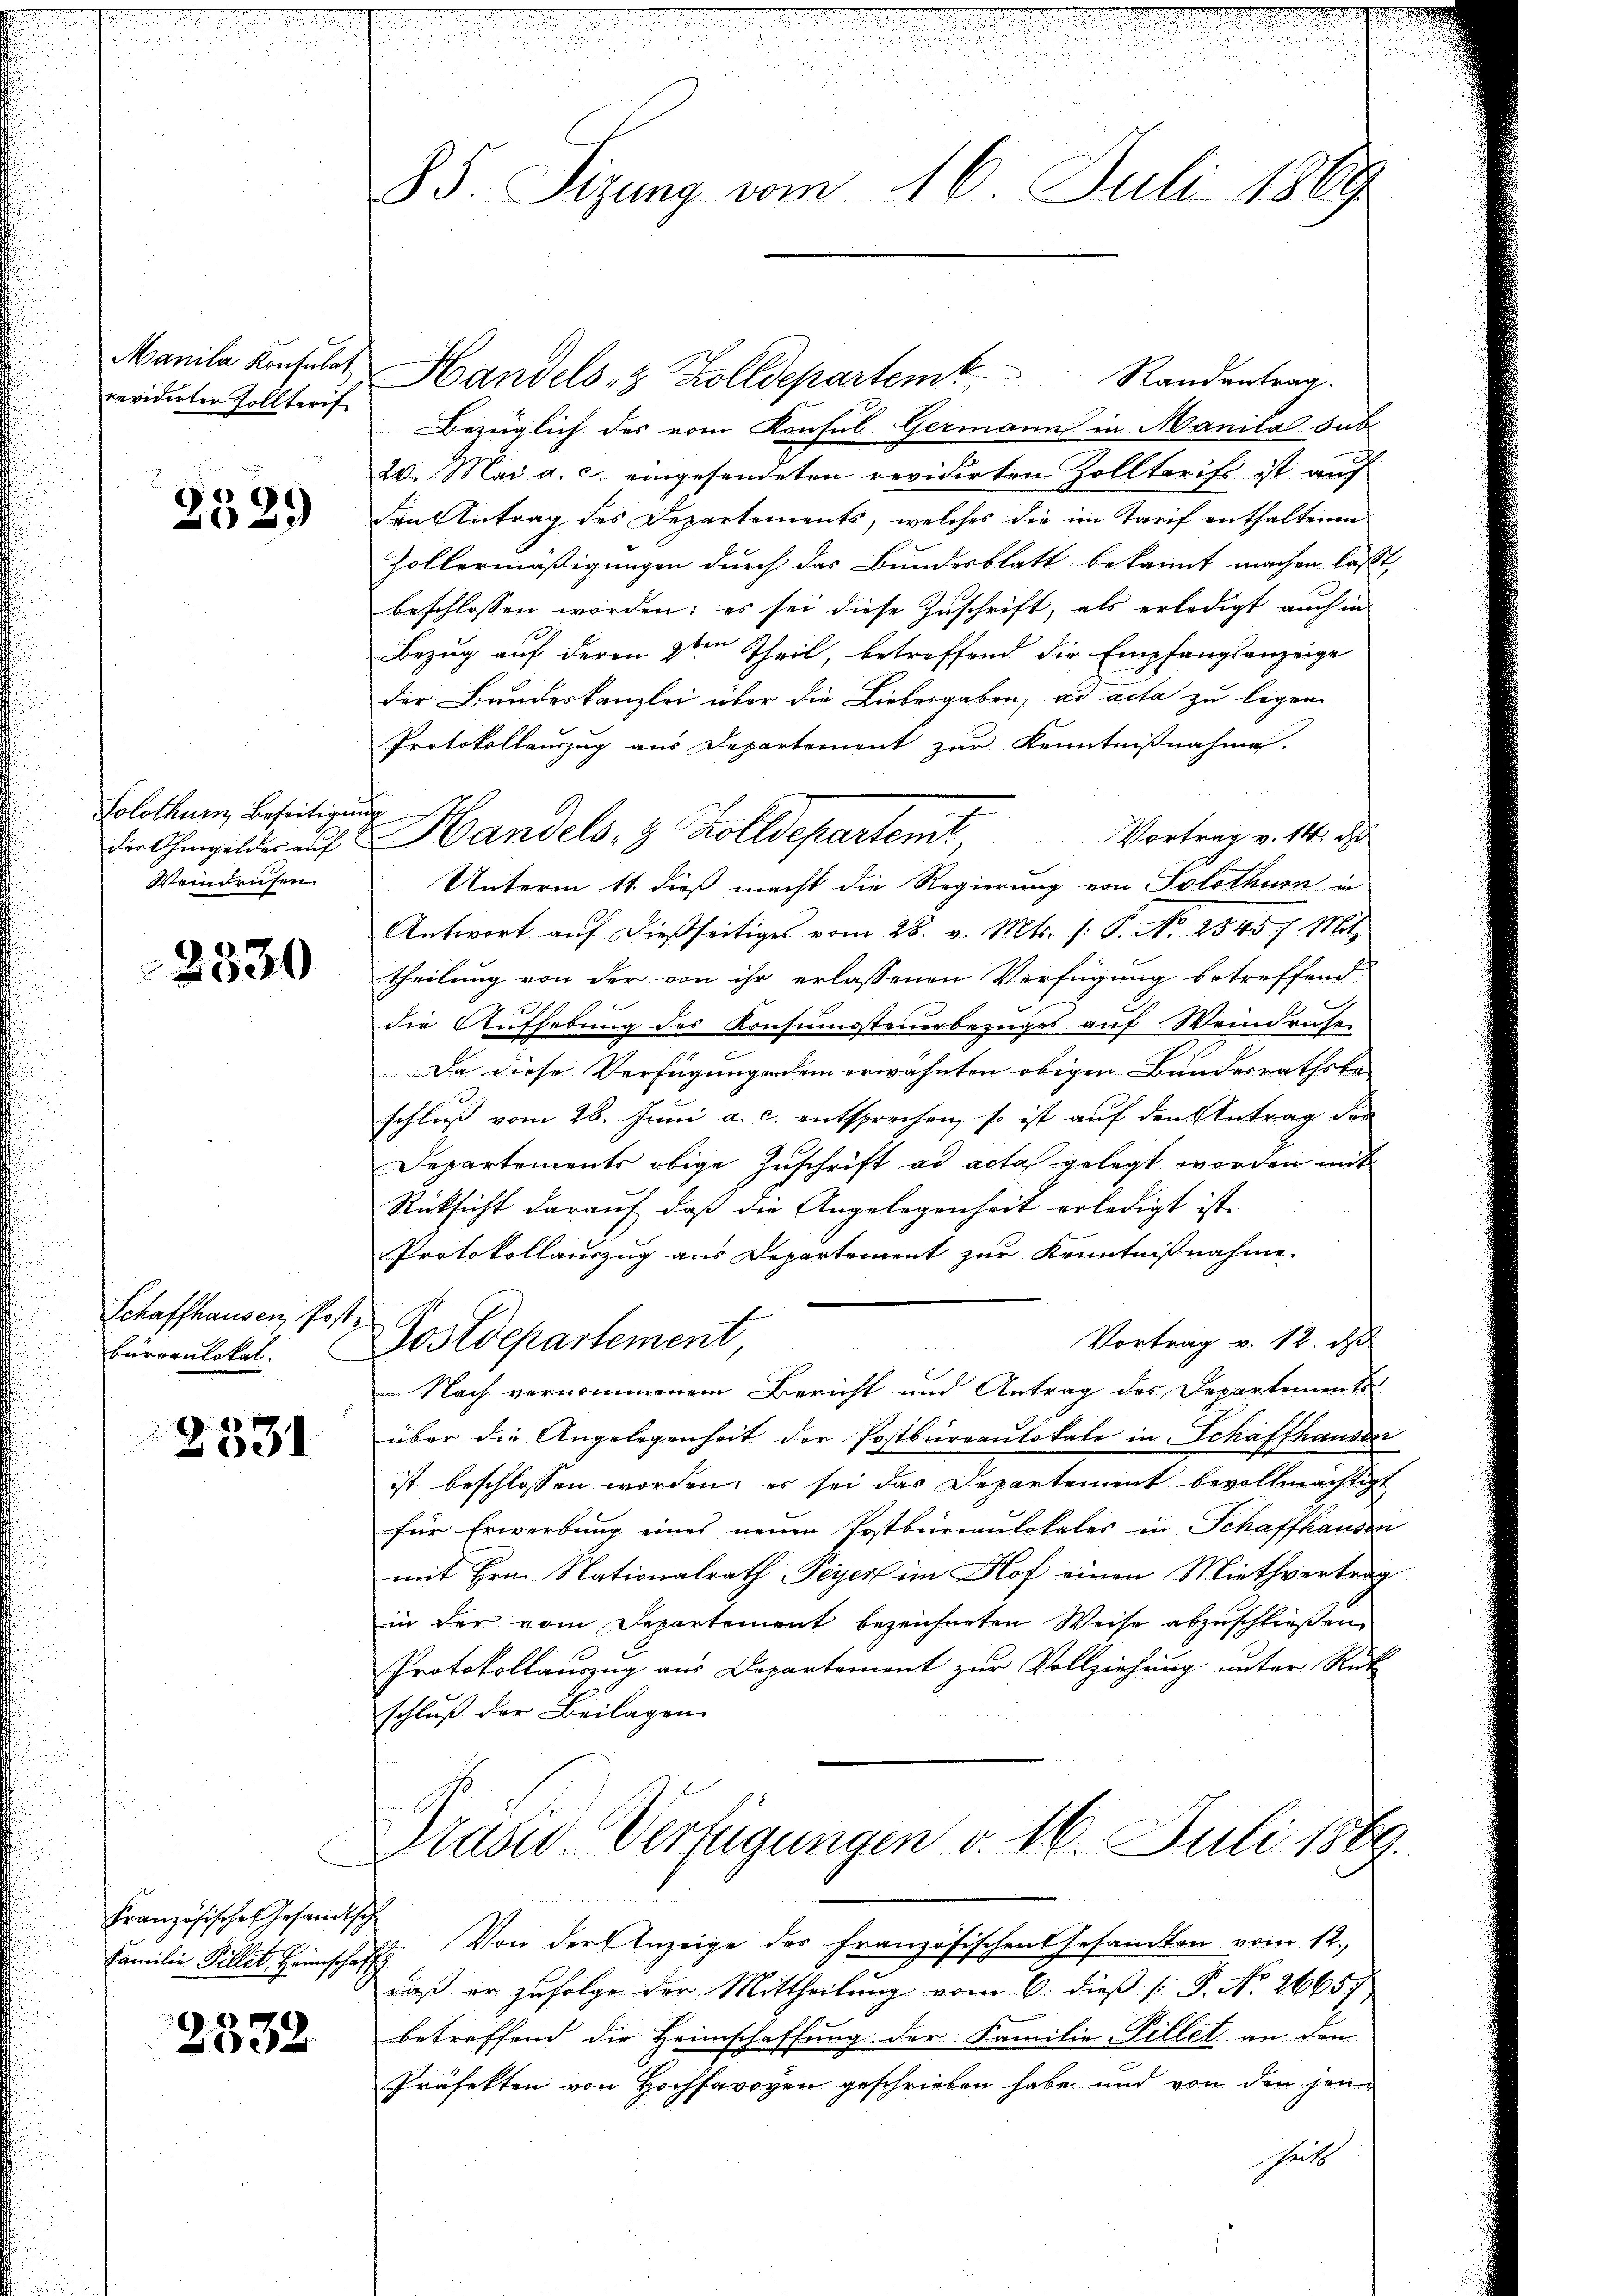
revidirten Zolltarif

2.
2329)

Solothurn, Beseitigung
Weindrusen.

2330

Schaffhausen, Post
bureaulokal.

2531

Französisches Gesandtsch
Familie Pillet. Heimschaff

2332

.
85. Sizung vom 16. Juli 1869

Manile Konsulat Handels- & Zolldepartem Randentrag.
Bezüglich des vom Konsul Germann in Manila sub
20. Mai a. c. eingesendeten revidirten Zolltarift ist auf
den Antrag des Departements, welches die im Tarif enthaltenen
Zollermäßigungen durch das Bundesblatt bekannt machen lasst,
beschlossen worden; es sei diese Zuschrift, als erledigt auch in
Bezug auf deren 2ten Theil, betreffend die Empfangsanzeige
der Bundeskanzlei über die Liebergaben, ad acta zu legen
Protokollauszug aus Departement zur Kenntnißnahme.
Vortrag v. 14. d
Der Ohmgelder auf Handels, z. Kolldepartent
Unterm 11. dieß macht die Regierung von Solothurn in
Antwort auf dießseitiges vom 28. v. Mts. (: P. No 2545. Mit
theilung von der von ihr erlassenen Verfügung betreffend
die Aufhebung des Konsumsteuerbezuges auf Weindruse
Da diese Verfügungendem erwähnten obigen Bundesrathska-
schlŭβ vom 28. Juni a. c. entsprechen, so ist aŭf den Antrag der
Departements obige Zuschrift ad acta gelegt worden mit
Rücksicht darauf, daß die Angelegenheit erledigt ist.
Protokollauszug aus Departement zur Kenntnißnahme.
Vortrag v. 12. d
Postdepartement
 Nach vernommenem Bericht und Antrag des Departements
über die Angelegenheit der Postbureaulokale in Schaffhausen
ist beschlossen worden; es sei das Departement bevollmächtigt
für Erwerbung eines neuen Postbureaulokales in Schaffhanden
mit Hrn. Nationalrath Feyer im Hof einen Miethvertrag
in der vom Departement bezeichneten Weise abzuschließen.
Protokollauszug aus Departement zur Vollziehung unter Rüt
schluß der Beilagen
Drasu. Verfügungen v. 16. Juli 1889.
Von der Anzeige des Französischen Gesamten vom 12.
daß er zufolge der Mittheilung vom 6. dieß [ P. No. 26657,
betreffend die Heimschaffung der Familie Pillet an den
Präfekten von Hochsavogen geschrieben habe und von den hann
Zeits